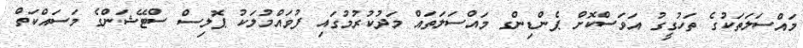
މައްސަލަތަކުގެ ތަހުގީގު އަވަސްކޮށް ޕެންޑިންގ މައްސަލަތައް މަދުކުރުމުގައި ފުވައްމުލަކު ޕޮލިސް ސްޓޭޝަންގެ މަސައްކަތް